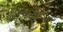
આયત